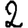
Digit: 2